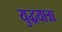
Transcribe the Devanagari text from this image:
युद्धयात्रा